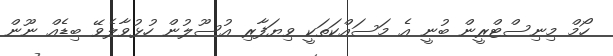
ހޯމް މިނިސްޓްރީން ބުނީ އެ މަސައްކަތަކީ ވިޔަފާރި އުސޫލުން ހުޅުވާލެވޭ ބިޑެއް ނޫން